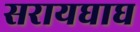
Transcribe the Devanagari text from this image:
सरायघाघ